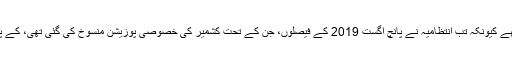
گذشتہ برس عیدالاضحیٰ کے موقع پر بھی یہاں یہ اجتماعات منعقد نہیں ہوسکے تھے کیونکہ تب انتظامیہ نے پانچ اگست 2019 کے فیصلوں، جن کے تحت کشمیر کی خصوصی پوزیشن منسوخ کی گئی تھی، کے پیش نظر یہاں لوگوں کی آزادانہ نقل وحرکت پر سخت پابندیاں عائد کر رکھی تھیں۔